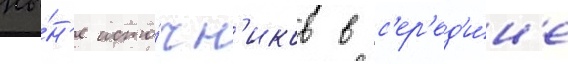
ны́н'е исто́чн'иков в с'ер'ед'и́н'е